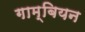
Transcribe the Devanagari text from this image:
गाम्बियन